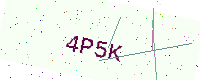
Text: 4P5K